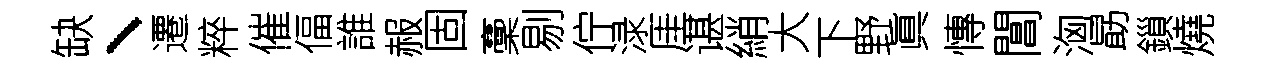
缺、遷粹催偪誰赧固稾剔佇渌厓谌綃大下野眞慱閶洶勗鎻燒